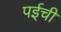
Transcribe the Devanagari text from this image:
पईची